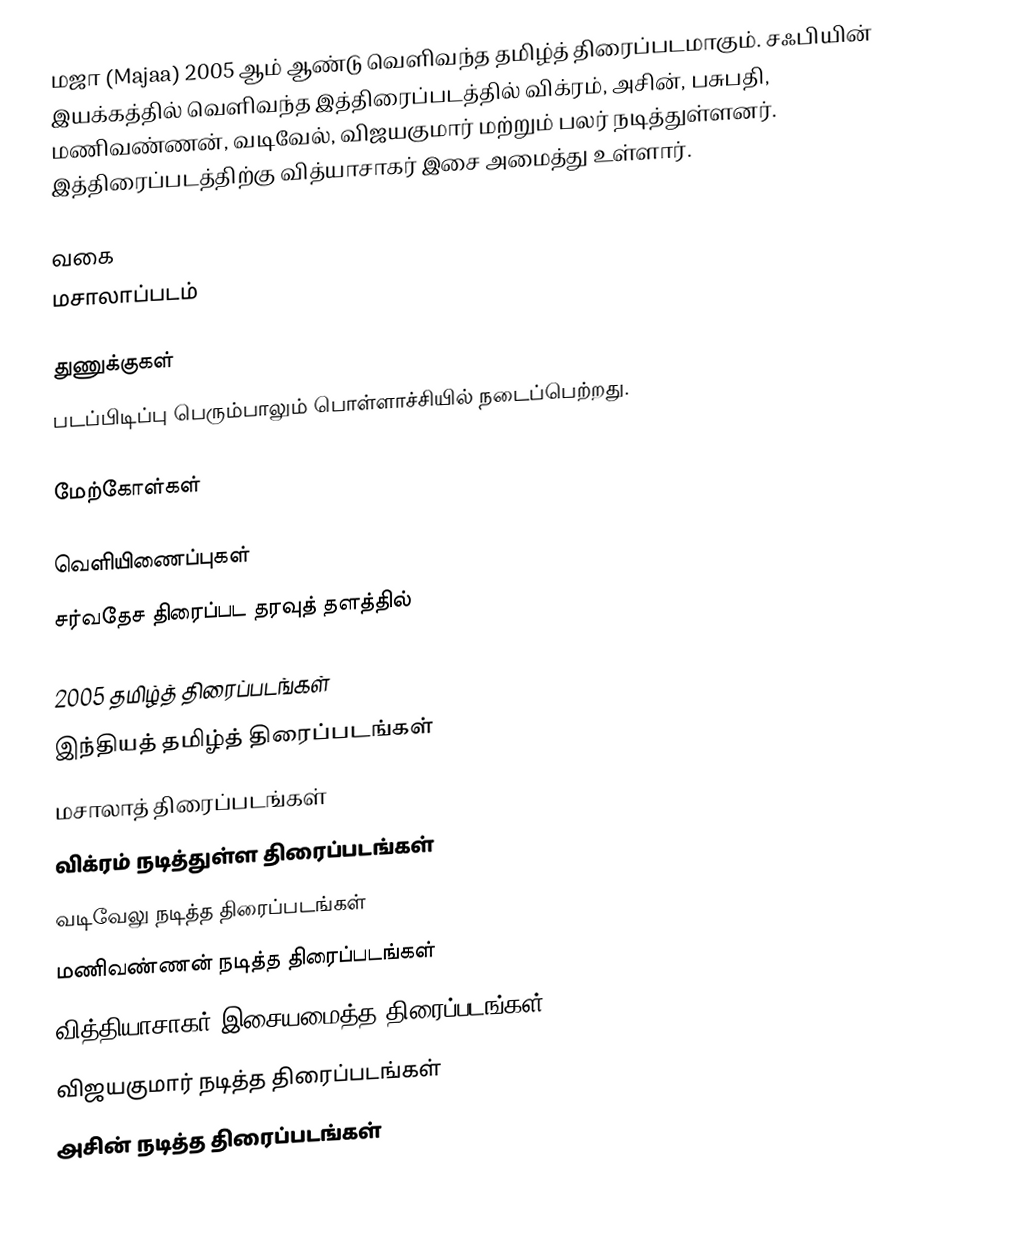
மஜா (Majaa) 2005 ஆம் ஆண்டு வெளிவந்த தமிழ்த் திரைப்படமாகும். சஃபியின் இயக்கத்தில் வெளிவந்த இத்திரைப்படத்தில் விக்ரம், அசின், பசுபதி, மணிவண்ணன், வடிவேல், விஜயகுமார் மற்றும் பலர் நடித்துள்ளனர். இத்திரைப்படத்திற்கு வித்யாசாகர் இசை அமைத்து உள்ளார்.

வகை
மசாலாப்படம்

துணுக்குகள்
படப்பிடிப்பு பெரும்பாலும் பொள்ளாச்சியில் நடைப்பெற்றது.

மேற்கோள்கள்

வெளியிணைப்புகள்
சர்வதேச திரைப்பட தரவுத் தளத்தில்

2005 தமிழ்த் திரைப்படங்கள்
இந்தியத் தமிழ்த் திரைப்படங்கள்
மசாலாத் திரைப்படங்கள்
விக்ரம் நடித்துள்ள திரைப்படங்கள்
வடிவேலு நடித்த திரைப்படங்கள்
மணிவண்ணன் நடித்த திரைப்படங்கள்
வித்தியாசாகர் இசையமைத்த திரைப்படங்கள்
விஜயகுமார் நடித்த திரைப்படங்கள்
அசின் நடித்த திரைப்படங்கள்